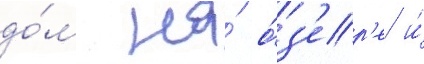
до́м на́ о́з'ер'е и́